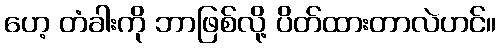
ဟေ့ တံခါးကို ဘာဖြစ်လို့ ပိတ်ထားတာလဲဟင်။